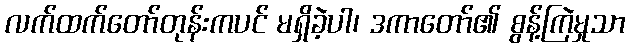
လက်ထက်တော်တုန်းကပင် မရှိခဲ့ပါ၊ ဒကာတော်၏ စွန့်ကြဲမှုသာ